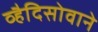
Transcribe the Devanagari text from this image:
व्हैदिसोवाने